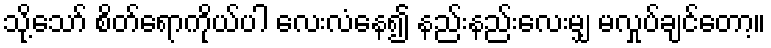
သို့သော် စိတ်ရောကိုယ်ပါ လေးလံနေ၍ နည်းနည်းလေးမျှ မလှုပ်ချင်တော့။